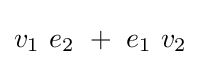
v_{1}~e_{2}~+~e_{1}~v_{2}